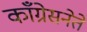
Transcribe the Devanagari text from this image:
काँग्रेसनेते